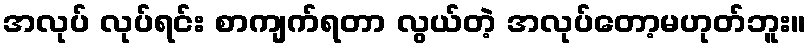
အလုပ် လုပ်ရင်း စာကျက်ရတာ လွယ်တဲ့ အလုပ်တော့မဟုတ်ဘူး။